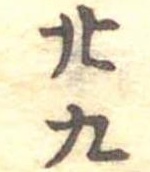
廿九